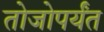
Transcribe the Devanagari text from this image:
तोजोपर्यंत